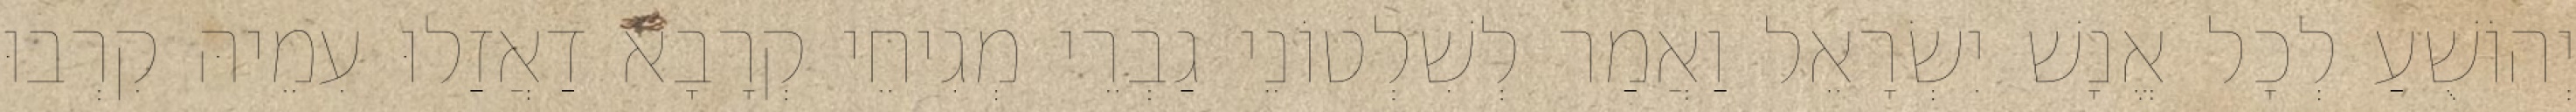
יְהוֹשֻׁעַ לְכָל אֱנָשׁ יִשְׂרָאֵל וַאֲמַר לְשִׁלְטוֹנֵי גַבְרֵי מְגִיחֵי קְרָבָא דַאֲזַלוּ עִמֵיהּ קִרְבוּ